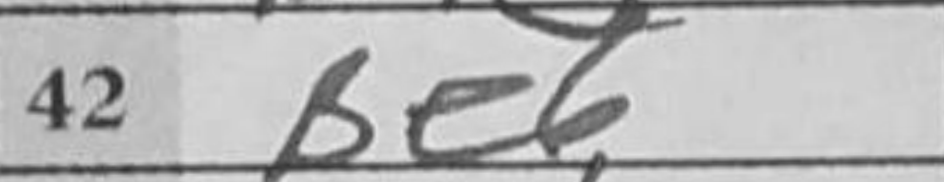
Transcription: Be6